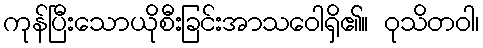
ကုန်ပြီးသောယိုစီးခြင်းအာသဝေါရှိ၏။ ဝုသိတဝါ၊